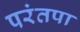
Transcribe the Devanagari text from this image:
परंतपा